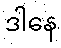
ဒါနေ